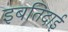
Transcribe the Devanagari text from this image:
इबतिदाई